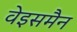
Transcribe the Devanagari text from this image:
वेइसमैन